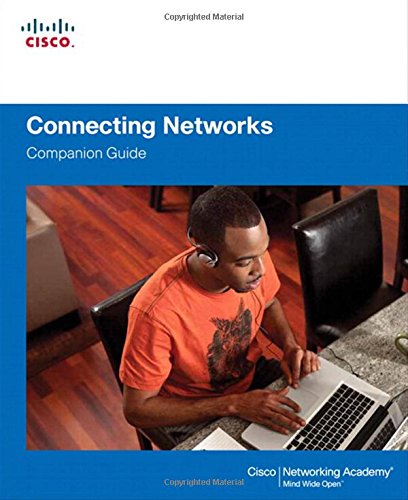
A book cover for Connecting Networks Companion Guide; Cisco Networking Academy; Engineering & Transportation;